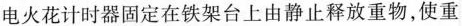
电火花计时器固定在铁架台上由静止释放重物，使重